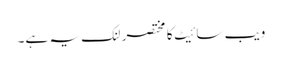
ویب سائیٹ کا مختصر لنک یہ ہے۔